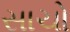
સાચો